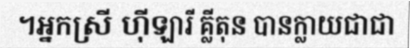
។អ្នកស្រី ហ៊ីឡារី គ្លីតុន បានក្លាយជាជា